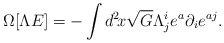
\begin{align*} \Omega[\Lambda E] = -\int d^2\!x \sqrt{G} \Lambda^i_j e^a \partial_ie^{aj}.\end{align*}